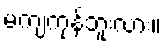
မကျကုန်ဘူးလား။